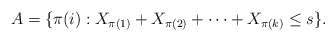
\begin{align*}A= \{ \pi(i): X_{\pi(1)} + X_{\pi(2)} + \cdots + X_{\pi(k)} \leq s \}.\end{align*}